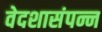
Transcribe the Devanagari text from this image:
वेदशासंपन्न